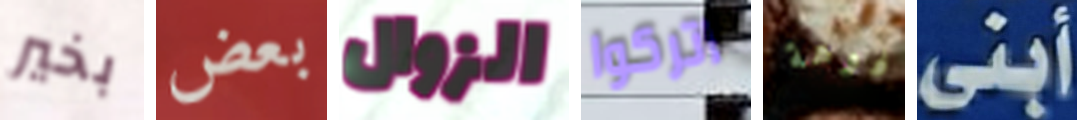
بخير بعض الزوال اتركوا فوهة أبنى